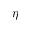
\eta